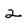
Character: 2